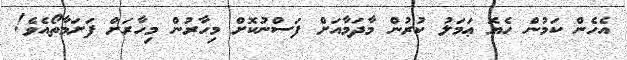
އެހެން ކަމުން ހެޔޮ ޢަމަލު ކުރުން މާދަމާއަށް ފަސްނުކޮށް މިހާރުން މިހާރަށް ފަށަމާތޯއެވެ!